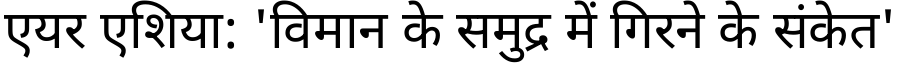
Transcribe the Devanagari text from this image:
एयर एशिया: 'विमान के समुद्र में गिरने के संकेत'